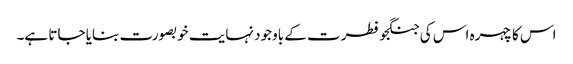
اس کا چہرہ اس کی جنگجو فطرت کے باوجود نہایت خوبصورت بنایا جاتا ہے۔